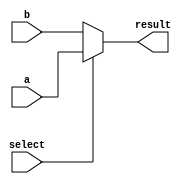
module ConditionalAssignment (
    input wire [3:0] a,       // 4-bit input signal
    input wire [3:0] b,       // 4-bit input signal
    input wire select,         // Control signal for conditional assignment
    output wire [3:0] result   // 4-bit output signal based on condition
);

// Continuous assignment using the ternary operator
assign result = (select) ? a : b; // If select is true, assign a to result; otherwise, assign b

endmodule